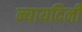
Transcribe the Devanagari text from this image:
न्यायदिनी